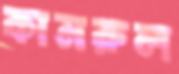
কামরুল